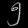
Digit: ၅